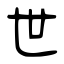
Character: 世